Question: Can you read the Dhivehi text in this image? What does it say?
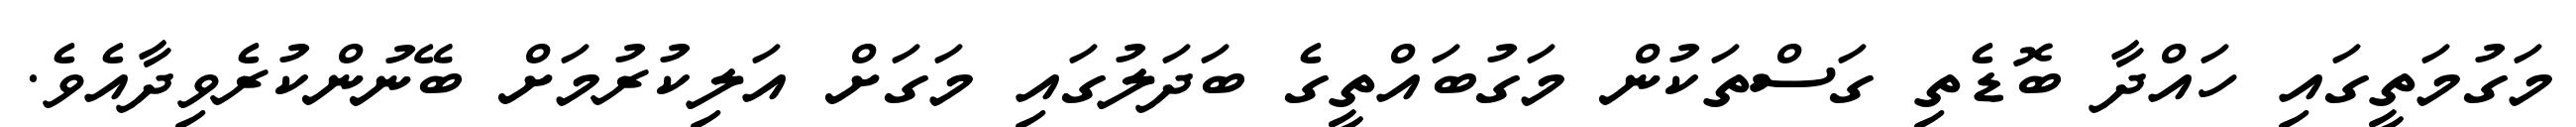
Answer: މަގުމަތީގައި ހައްދާ ބޮޑެތި ގަސްތަކުން މަގުބައްތީގެ ބަދަލުގައި މަގަށް އަލިކުރުމަށް ބޭނުންކުރެވިދާއެވެ.